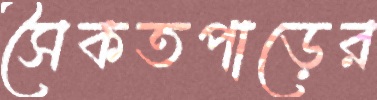
সৈকতপাড়ের